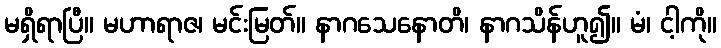
မရှိရာပြီ။ မဟာရာဇ၊ မင်းမြတ်။ နာဂသေနောတိ၊ နာဂသိန်ဟူ၍။ မံ၊ ငါ့ကို။